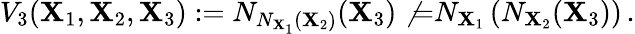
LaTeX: V_{3}(\mathbf{X}_{1},\mathbf{X}_{2},\mathbf{X}_{3}):=N_{N_{\mathbf{X}_{1}}(\mathbf{X}_{2})}(\mathbf{X}_{3})\not{=}N_{\mathbf{X}_{1}}\left(N_{\mathbf{X}_{2}}(\mathbf{X}_{3})\right)\, .